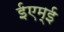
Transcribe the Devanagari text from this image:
ईएम्‌ई